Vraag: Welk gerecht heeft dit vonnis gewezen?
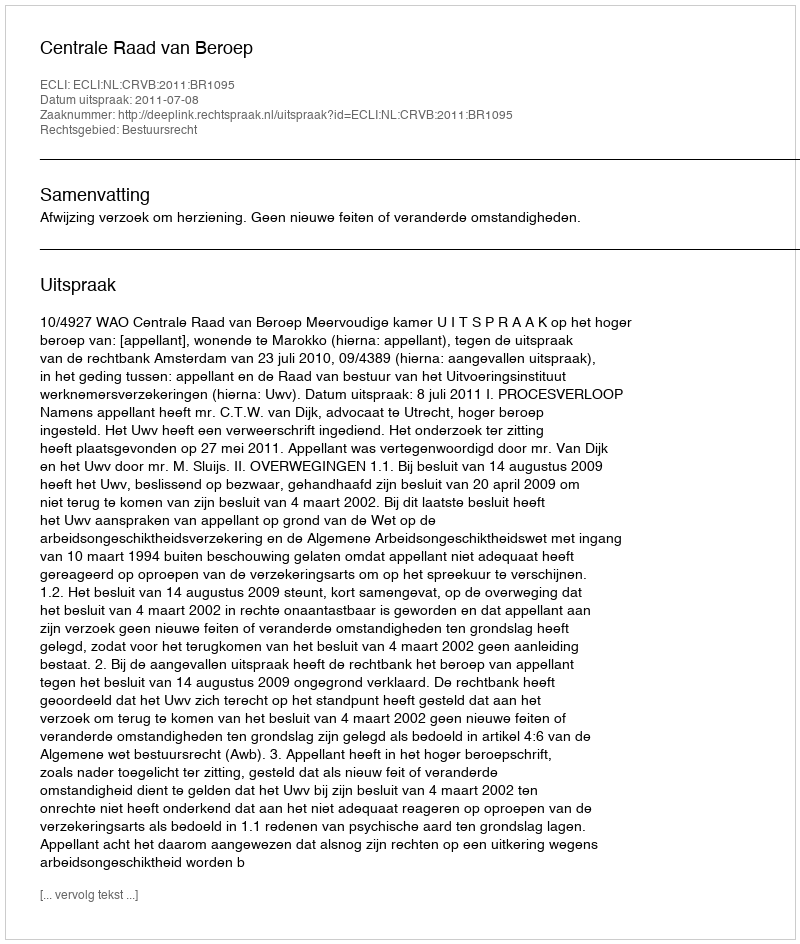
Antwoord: Centrale Raad van Beroep